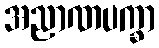
အညာဏပက္ခာ